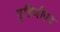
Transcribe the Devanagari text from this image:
गृहिणीपद